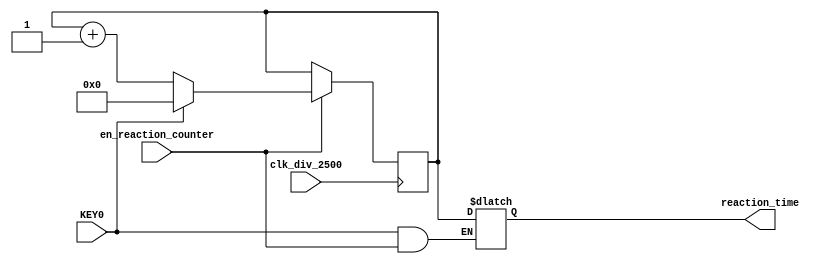
module reaction_counter (en_reaction_counter, clk_div_2500, KEY0, reaction_time);
	input en_reaction_counter, clk_div_2500, KEY0;
	output [15:0] reaction_time;

	reg [15:0] count;
	
	reg[15:0] reaction_time;

	initial count = 16'b0;
	initial reaction_time = 16'b0;

	always @(posedge clk_div_2500) 			begin
		if (en_reaction_counter == 1'b1) begin		//If the reaction counter is enabled, start counting.
			count <= count + 1;
			if (KEY0 == 1'b1)
				count <= 0;				 end
											end

	always @ (*)
	if((KEY0 == 1'b1) & 
		(en_reaction_counter == 1'b1))		//Key0 should only be in effect when reaction counter is enabled
		reaction_time <= count;

endmodule